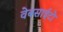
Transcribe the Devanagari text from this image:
वेबसाईटो